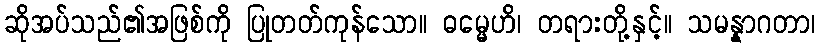
ဆိုအပ်သည်၏အဖြစ်ကို ပြုတတ်ကုန်သော။ ဓမ္မေဟိ၊ တရားတို့နှင့်။ သမန္နာဂတာ၊